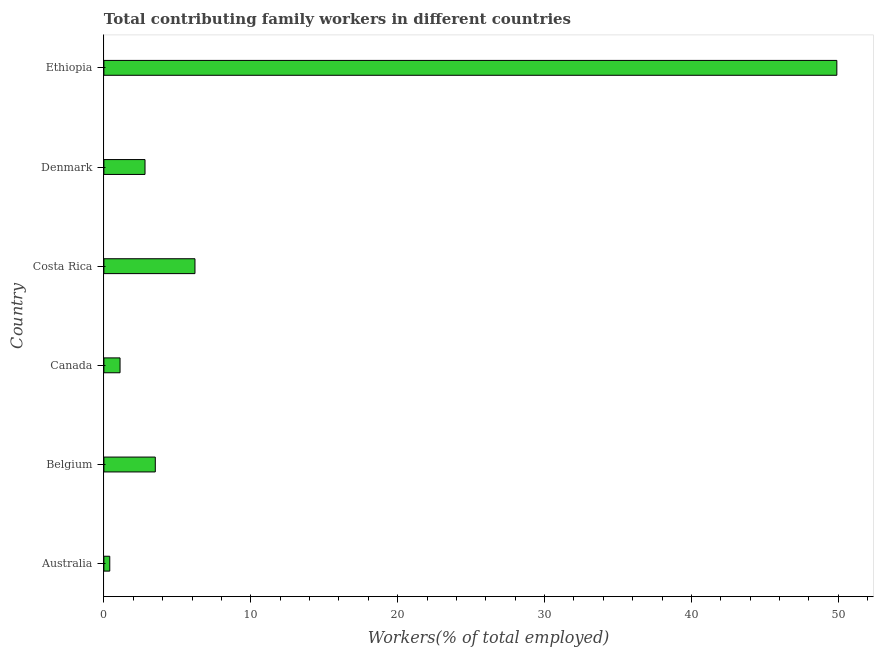
| Country | Contributing family workers |
 | --- | --- |
 | Australia | 0.4 |
 | Belgium | 3.5 |
 | Canada | 1.1 |
 | Costa Rica | 6.2 |
 | Denmark | 2.8 |
 | Ethiopia | 49.9 |